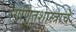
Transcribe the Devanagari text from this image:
गणितशास्त्राचे